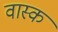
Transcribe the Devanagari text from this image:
वास्क